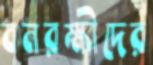
বনরক্ষীদের